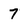
Character: 7